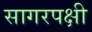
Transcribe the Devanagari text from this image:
सागरपक्षी